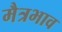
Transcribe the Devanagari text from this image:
मैत्रभाव